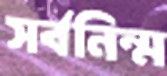
সর্বনিন্ম